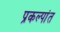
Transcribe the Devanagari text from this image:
प्रकल्पांत